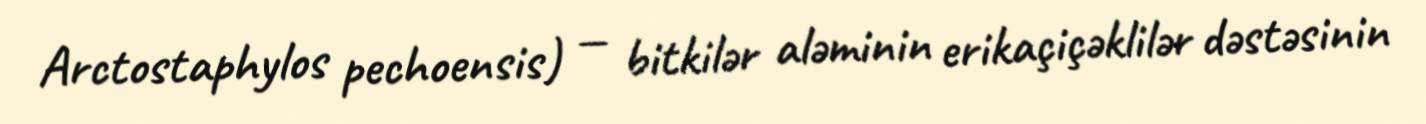
Arctostaphylos pechoensis) — bitkilər aləminin erikaçiçəklilər dəstəsinin